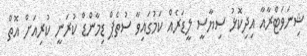
ޝިނަވަޓްރާއާ އިދިކޮޅު ސިޔާސީ ލީޑަރެއް ކަމުގައިވާ ސުތެޕް ޑިމާންޑް ކުރަނީ ކުރިއަށް އޮތް